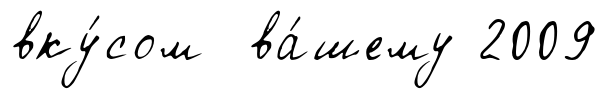
вку́сом ва́шему 2009